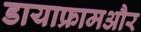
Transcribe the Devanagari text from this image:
डायाफ्रामऔर